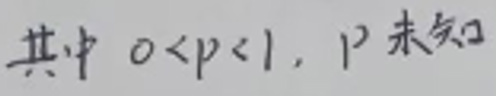
其中 \(0 < p < 1\)，\(p\) 未知